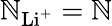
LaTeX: \mathbb{N}_{\mathrm{{Li^{+}}}}=\mathbb{N}